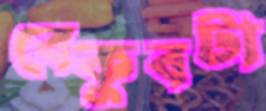
বেকুবটা